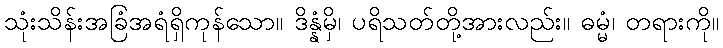
သုံးသိန်းအခြံအရံရှိကုန်သော။ ဒိန္နံမှိ၊ ပရိသတ်တို့အားလည်း။ ဓမ္မံ၊ တရားကို။